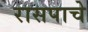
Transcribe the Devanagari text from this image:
रासपाचे